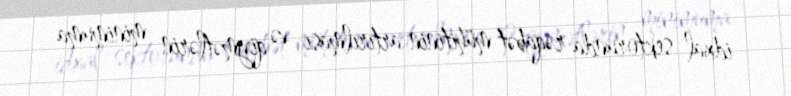
idxal sektorunda rəqabət mühitinin artırılması və qiymətlərin minimuma